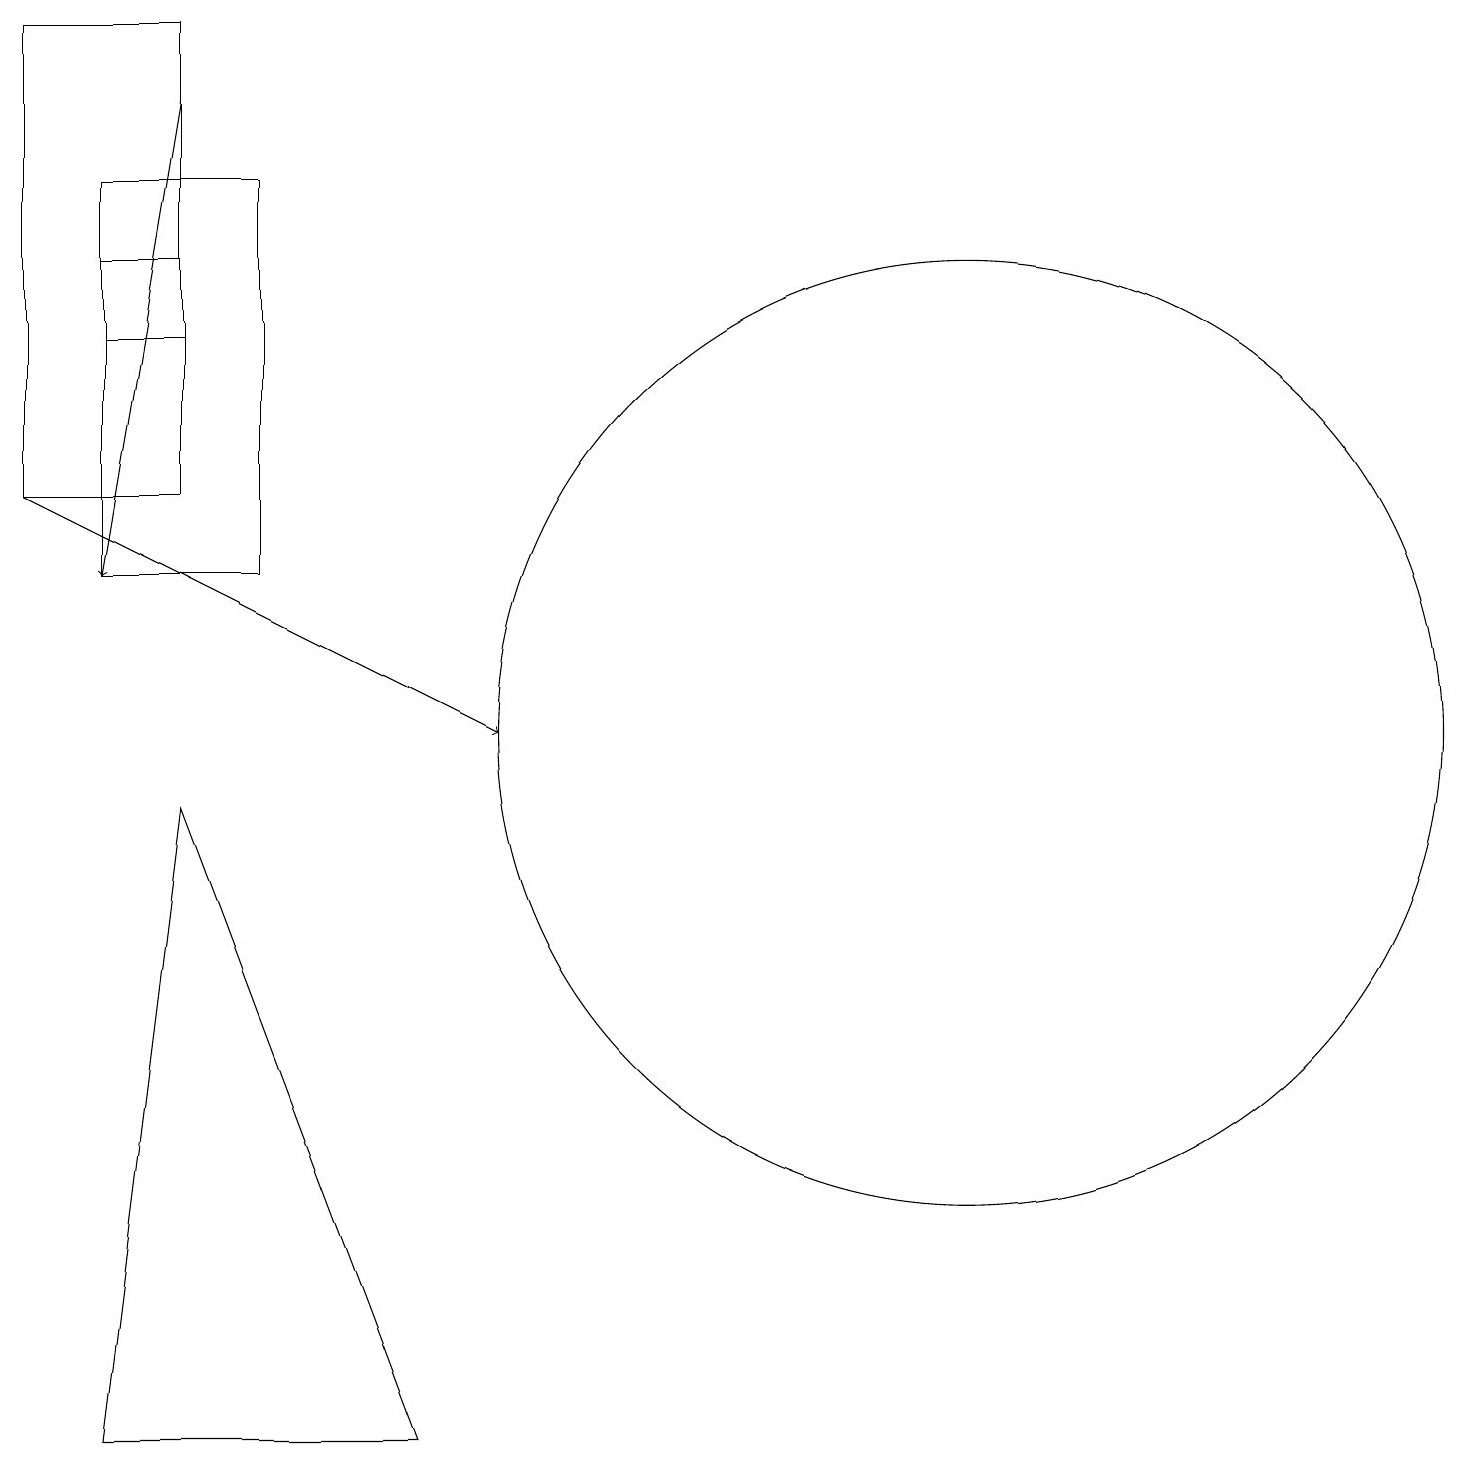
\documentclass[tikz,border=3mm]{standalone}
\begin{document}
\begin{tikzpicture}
\draw (1,15) rectangle (2,16);
\draw (3,17) rectangle (1,12);
\draw[->] (0,13) -- (6,10);
\draw (5,1) -- (1,1) -- (2,9) -- cycle;
\draw (0,19) rectangle (2,13);
\draw (12,10) circle (6);
\draw[->] (2,18) -- (1,12);
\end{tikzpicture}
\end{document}